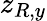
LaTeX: z_{R,y}